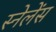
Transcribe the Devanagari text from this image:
स्नेलेंस